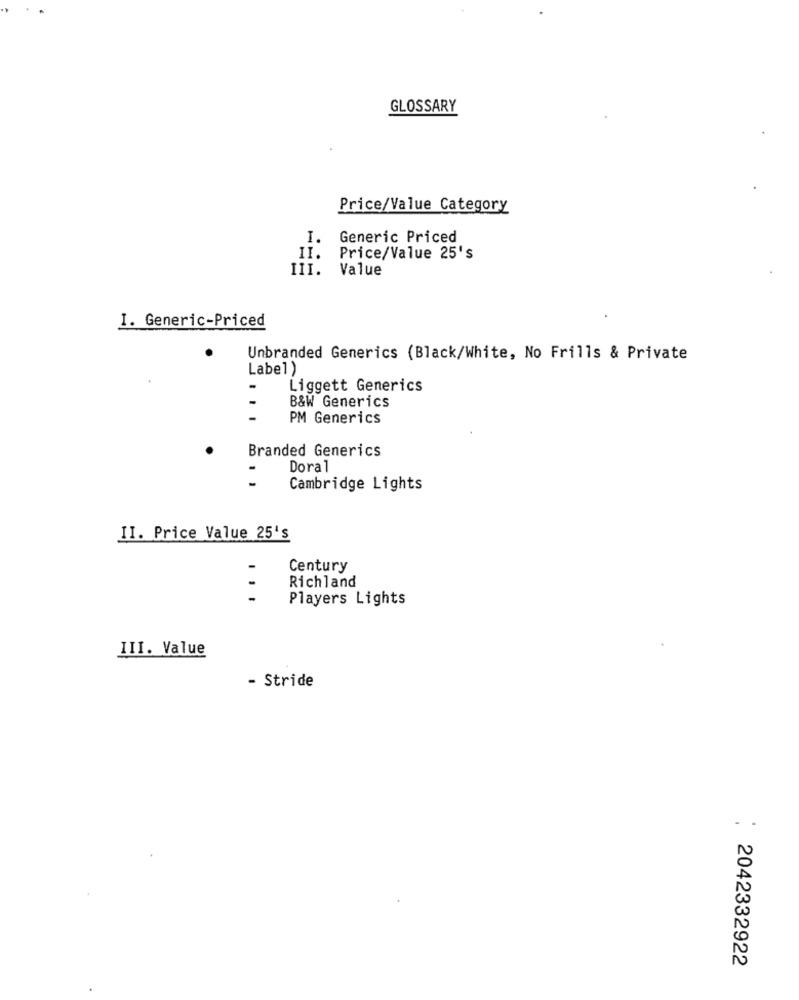
GLOSSARY
Price/Value Category
I. Generic Priced
II.
Price/Value 25's
III. Value
I. Generic-Priced
Unbranded Generics (Black/White, No Frills & Private
Label)
Liggett Generics
B&W Generics
PM Generics
Branded Generics
Doral
Cambridge Lights
II. Price Value 25's
Century
Richland
Players Lights
III. Value
- Stride
: 2042332922